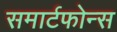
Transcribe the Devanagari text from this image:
समार्टफोन्स